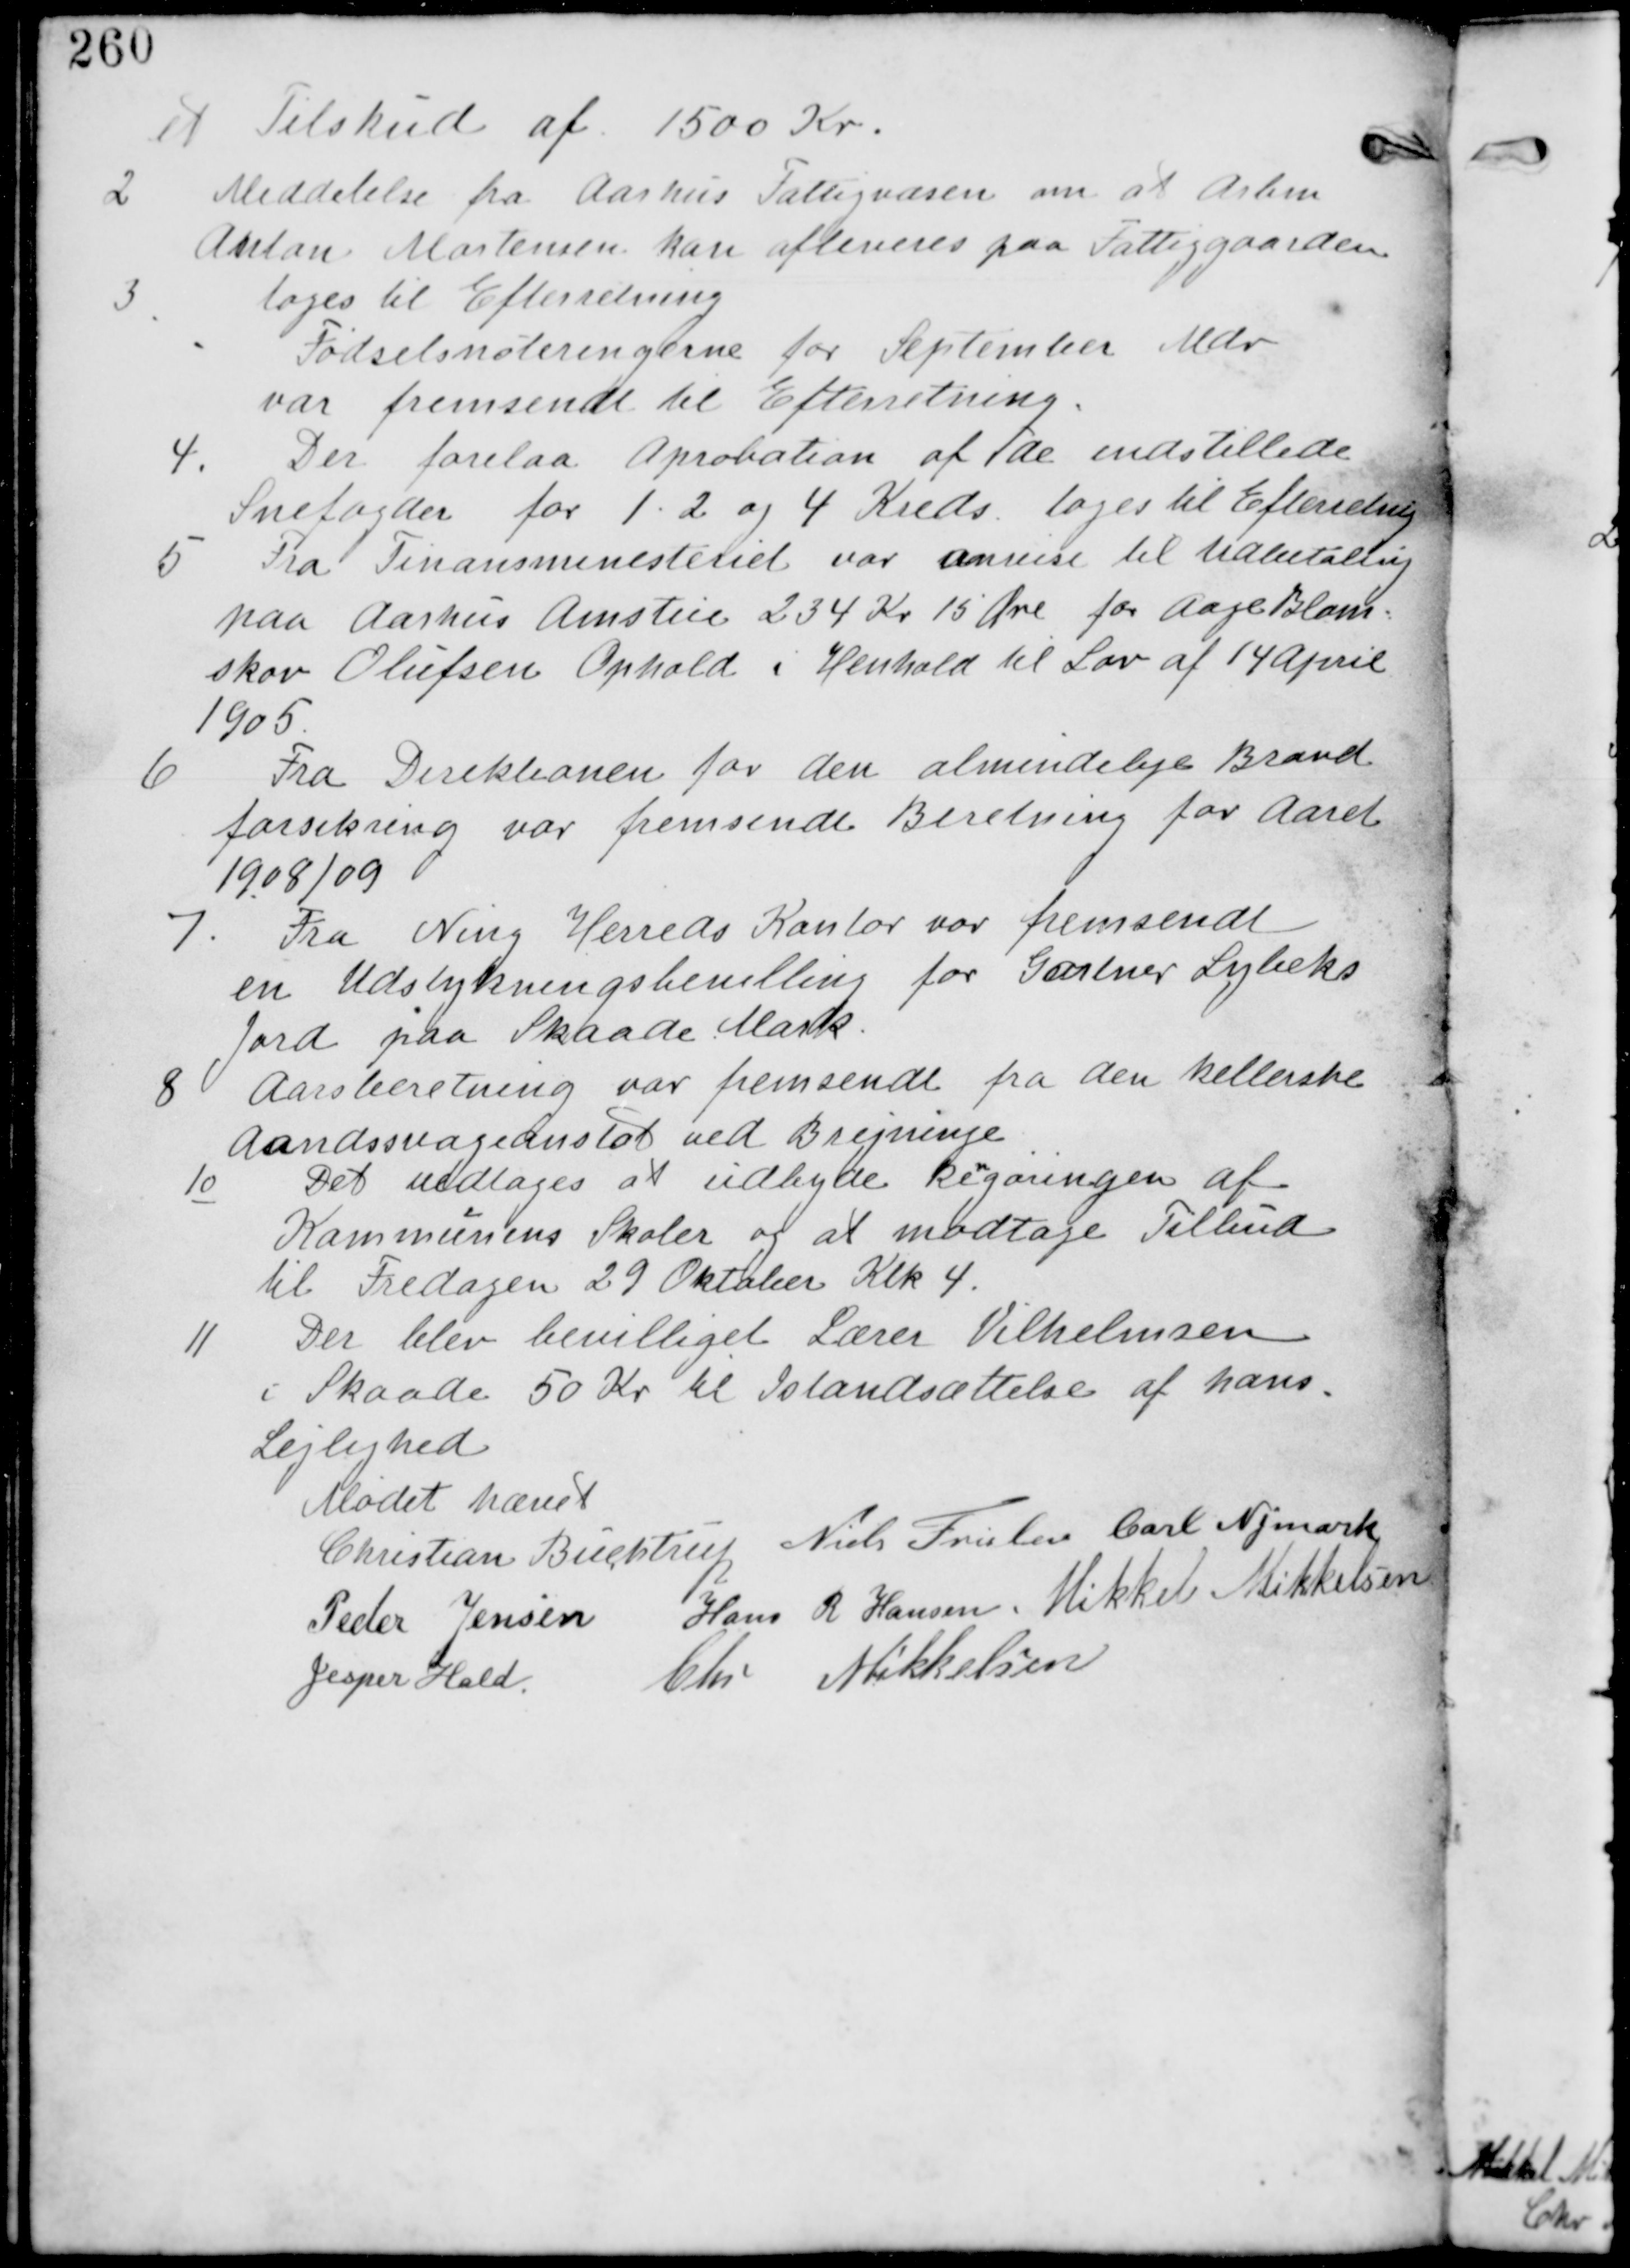
Transskription:
et Tilskud af 1500 Kr.

2.
Meddelelse fra Aarhus Fattigvæsen at Arbm
Anton Mortensen Kan afleveres paa Fattiggaarden
tages til Efterretning

3.
Fødselsnoteringerne for September Mdr
var fremsendt til Efterretning.

4.
Der forelaa Aprobation af de indstillede
Snefogeder for 1 - 2 og 4 Kreds tages til Efterretning

5 Fra Finansministeriet var anvist til Udbetaling
paa Aarhus Amstue 234 Kr 15 Øre for Aage Blom-
skov Olufsen Ophold i Henhold til Lov af 14 April
1905

6 Fra Direktionnen for den almindelige Brand
forsikring var fremsendt Beretning for Aaret
1908/09

7. Fra Ning Herreds Kontor var fremsendt
en Udstykningsbevilling for Gartner Lybeks
Jord paa Skaade Mark.

8 Aarsberetning var fremsendt fra den kellerske
Aandssvageanstalt ved Bregninge

10
Det vedtages at udbyde Rengøringen af
Kommunens Skoler og at modtage Tilbud
til Fredagen 29 Oktober Klk 4.

11 Der blev bevilliget Lærer Vilhelmsen
i Skaade 50 Kr til Istandsættelse af hans
Lejlighed

Mødet hævet
Christian Buchtrup Niels Frislev Carl Nymark
Peder Jensen Hans R Hansen Mikkel Mikkelsen
Jesper Hald Chr Mikkelsen